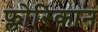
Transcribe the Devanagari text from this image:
फ्लोरिकान